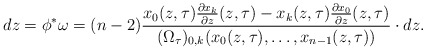
\begin{align*} dz=\phi^{*}\omega=(n-2)\frac{x_0(z,\tau)\frac{\partial x_k}{\partial z}(z,\tau)-x_k(z,\tau)\frac{\partial x_0}{\partial z}(z,\tau) }{(\Omega_{\tau})_{0,k}(x_0(z,\tau),\ldots,x_{n-1}(z,\tau) )} \cdot dz .\end{align*}